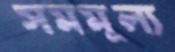
সমমূল্য